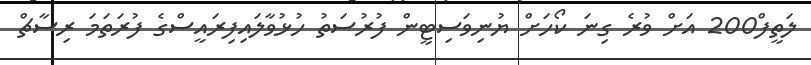
ލަތީފް200 އަށް ވުރެ ގިނަ ކޯހަށް ޔުނިވަސިޓީން ފުރުސަތު ހުޅުވާލައިފިރައީސްގެ ފުރަތަމަ ރިސާޗް